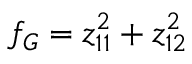
f _ { G } = z _ { 1 1 } ^ { 2 } + z _ { 1 2 } ^ { 2 }